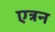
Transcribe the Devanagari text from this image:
एत्रन